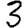
Digit: 3